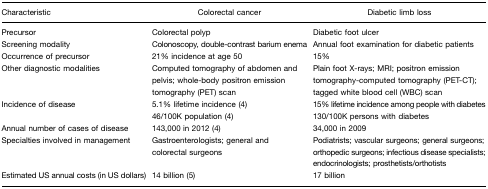
<table><thead><tr><td><b>Characteristic</b></td><td><b>Colorectal cancer</b></td><td><b>Diabetic limb loss</b></td></tr></thead><tbody><tr><td>Precursor</td><td>Colorectal polyp</td><td>Diabetic foot ulcer</td></tr><tr><td>Screening modality</td><td>Colonoscopy, double-contrast barium enema</td><td>Annual foot examination for diabetic patients</td></tr><tr><td>Occurrence of precursor</td><td>21% incidence at age 50</td><td>15%</td></tr><tr><td>Other diagnostic modalities</td><td>Computed tomography of abdomen and pelvis; whole-body positron emission tomography (PET) scan</td><td>Plain foot X-rays; MRI; positron emission tomography-computed tomography (PET-CT); tagged white blood cell (WBC) scan</td></tr><tr><td>Incidence of disease</td><td>5.1% lifetime incidence (4)</td><td>15% lifetime incidence among people with diabetes</td></tr><tr><td></td><td>46/100K population (4)</td><td>130/100K persons with diabetes</td></tr><tr><td>Annual number of cases of disease</td><td>143,000 in 2012 (4)</td><td>34,000 in 2009</td></tr><tr><td>Specialties involved in management</td><td>Gastroenterologists; general and colorectal surgeons</td><td>Podiatrists; vascular surgeons; general surgeons; orthopedic surgeons; infectious disease specialists; endocrinologists; prosthetists/orthotists</td></tr><tr><td>Estimated US annual costs (in US dollars)</td><td>14 billion (5)</td><td>17 billion</td></tr></tbody></table>